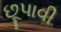
છૂપાવી